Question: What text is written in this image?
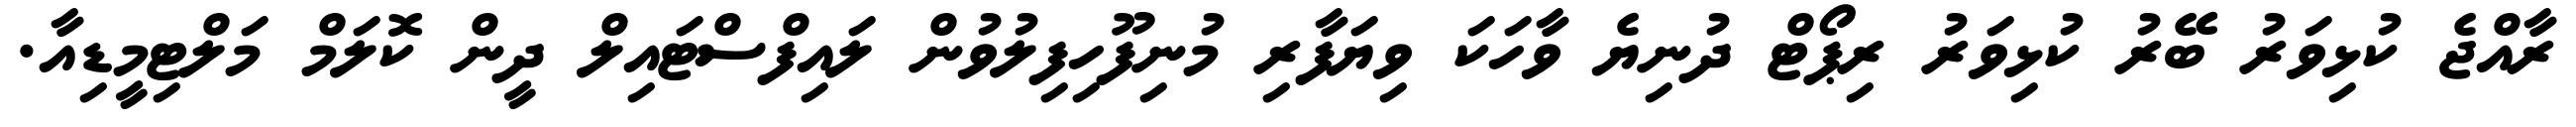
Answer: ރާއްޖެ ކުޅިވަރު ބޭރު ކުޅިވަރު ރިޕޯޓް ދުނިޔެ ވާހަކަ ވިޔަފާރި މުނިފޫހިފިލުވުން ލައިފްސްޓައިލް ދީން ކޮލަމް މަލްޓިމީޑިއާ.